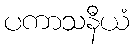
ပကာသနီယံ